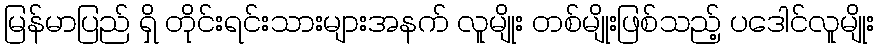
မြန်မာပြည် ရှိ တိုင်းရင်းသားများအနက် လူမျိုး တစ်မျိုးဖြစ်သည့် ပဒေါင်လူမျိုး